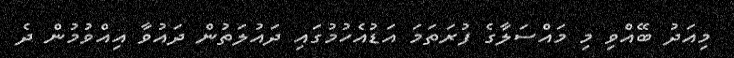
މިއަދު ބޭއްވި މި މައްސަލާގެ ފުރަތަމަ އަޑުއެހުމުގައި ދައުލަތުން ދައުވާ އިއްވުމުން ދެ